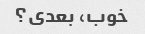
خوب، بعدی؟